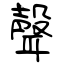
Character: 聲